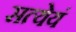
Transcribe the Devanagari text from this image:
सत्येयं